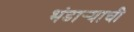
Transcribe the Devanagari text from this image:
भंडार्‍याची